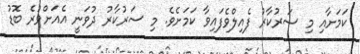
ކަމަށާއި މި ސަރުކާރު ފެއިލްވެފައިވާ ކަމަށެވެ. މި ސަރުކާރު ދުވަނީ އެއަށްވުރެ ބޮޑު